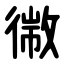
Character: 幑